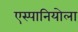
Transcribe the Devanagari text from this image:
एस्पानियोला